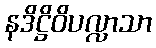
နဒိဋ္ဌိဝိပလ္လာသာ